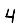
Digit: 4